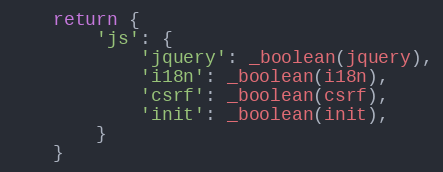
Language: Python
    return {
        'js': {
            'jquery': _boolean(jquery),
            'i18n': _boolean(i18n),
            'csrf': _boolean(csrf),
            'init': _boolean(init),
        }
    }